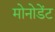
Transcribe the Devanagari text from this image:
मोनोडेंट